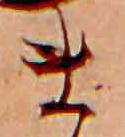
ま